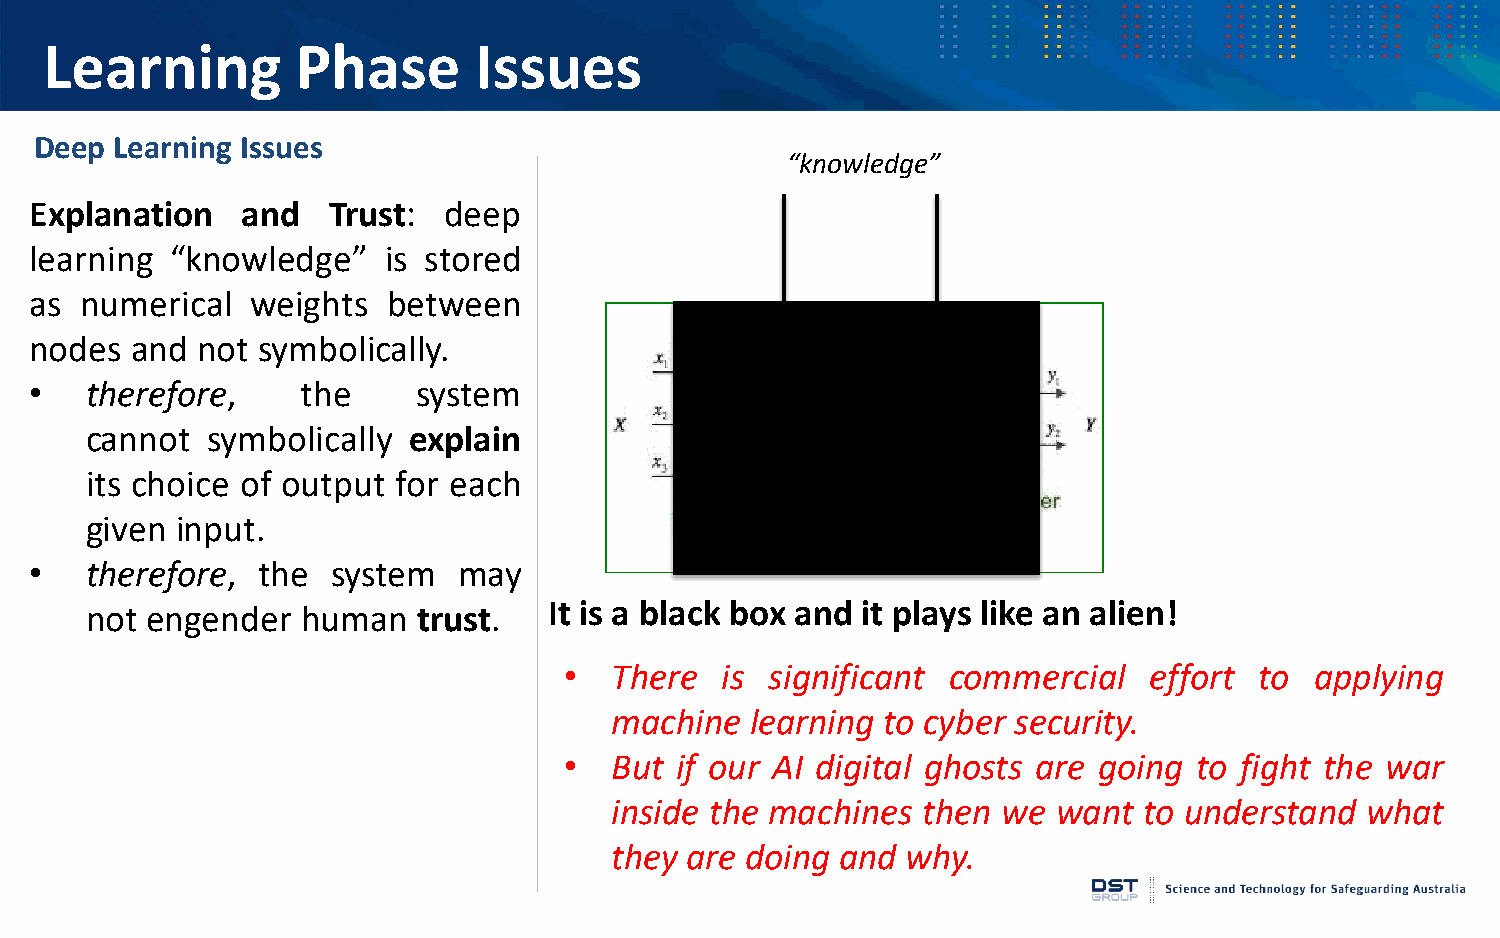
Learning         Phase      Issues
 Deep  Learning Issues
 “knowledge”
 Explanation   and   Trust: deep
 learning “knowledge”   is stored
 as numerical   weights  between
 nodes  and not symbolically.
 •   therefore,    the     system
 cannot  symbolically explain
 its choice of output for each
 given input.
 •   therefore, the  system  may
 not engender  human   trust.  It is a black box and it plays like an alien!
 •  There   is significant commercial   effort to  applying
 machine   learning to cyber security.
 •  But  if our AI digital ghosts are going to fight the war
 inside the machines  then we  want  to understand what
 they are doing  and why.